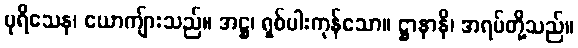
ပုရိသေန၊ ယောကျ်ားသည်။ အဋ္ဌ၊ ရှစ်ပါးကုန်သော။ ဋ္ဌာနာနိ၊ အရပ်တို့သည်။